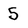
Character: 5